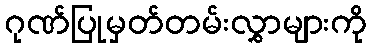
ဂုဏ်ပြုမှတ်တမ်းလွှာများကို